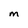
Character: m